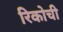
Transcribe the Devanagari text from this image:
रिकोची